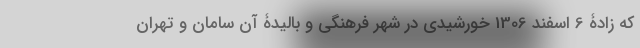
که زادۀ 6 اسفند 1306 خورشیدی در شهر فرهنگی و بالیدۀ آن سامان و تهران